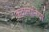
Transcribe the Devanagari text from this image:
कटालोनिया